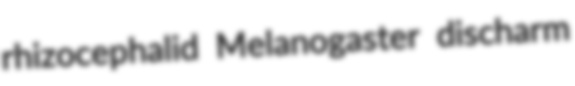
rhizocephalid Melanogaster discharm